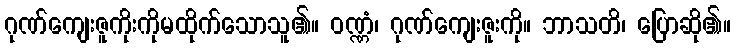
ဂုဏ်ကျေးဇူကိုးကိုမထိုက်သောသူ၏။ ဝဏ္ဏံ၊ ဂုဏ်ကျေးဇူးကို။ ဘာသတိ၊ ပြောဆို၏။